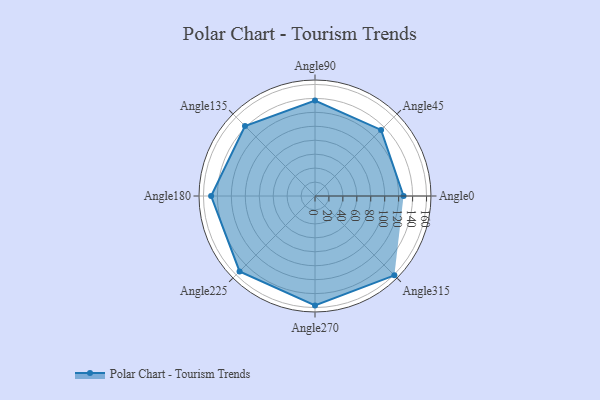
{"axis": {"x": "Angle", "y": "Radius"}, "legend": [""], "data": [{"x": "Angle0", "y": 127.0, "type": ""}, {"x": "Angle45", "y": 134.0, "type": ""}, {"x": "Angle90", "y": 137.0, "type": ""}, {"x": "Angle135", "y": 142.0, "type": ""}, {"x": "Angle180", "y": 149.0, "type": ""}, {"x": "Angle225", "y": 153.0, "type": ""}, {"x": "Angle270", "y": 157.0, "type": ""}, {"x": "Angle315", "y": 161.0, "type": ""}]}